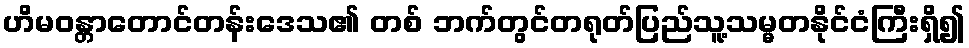
ဟိမဝန္တာတောင်တန်းဒေသ၏ တစ် ဘက်တွင်တရုတ်ပြည်သူ့သမ္မတနိုင်ငံကြီးရှိ၍